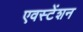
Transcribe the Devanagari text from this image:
एवस्टेंशन